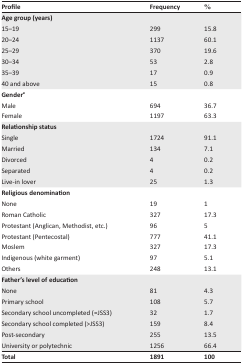
| Profile | Frequency | % |
 | --- | --- | --- |
 | Age group (years) |  |  |
 | 15–19 | 299 | 15.8 |
 | 20–24 | 1137 | 60.1 |
 | 25–29 | 370 | 19.6 |
 | 30–34 | 53 | 2.8 |
 | 35–39 | 17 | 0.9 |
 | 40 and above | 15 | 0.8 |
 | Gendera |  |  |
 | Male | 694 | 36.7 |
 | Female | 1197 | 63.3 |
 | Relationship status |  |  |
 | Single | 1724 | 91.1 |
 | Married | 134 | 7.1 |
 | Divorced | 4 | 0.2 |
 | Separated | 4 | 0.2 |
 | Live-in lover | 25 | 1.3 |
 | Religious denomination |  |  |
 | None | 19 | 1 |
 | Roman Catholic | 327 | 17.3 |
 | Protestant (Anglican, Methodist, etc.) | 96 | 5 |
 | Protestant (Pentecostal) | 777 | 41.1 |
 | Moslem | 327 | 17.3 |
 | Indigenous (white garment) | 97 | 5.1 |
 | Others | 248 | 13.1 |
 | Father's level of education |  |  |
 | None | 81 | 4.3 |
 | Primary school | 108 | 5.7 |
 | Secondary school uncompleted (=JSS3) | 32 | 1.7 |
 | Secondary school completed (>JSS3) | 159 | 8.4 |
 | Post-secondary | 255 | 13.5 |
 | University or polytechnic | 1256 | 66.4 |
 | Total | 1891 | 100 |